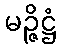
မဉ္ဇိဋ္ဌံ